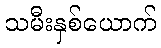
သမီးနှစ်ယောက်